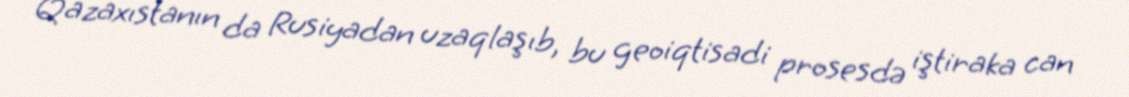
Qazaxıstanın da Rusiyadan uzaqlaşıb, bu geoiqtisadi prosesdə iştiraka can